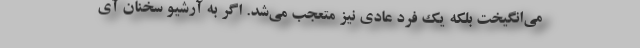
می‌انگیخت بلکه یک فرد عادی نیز متعجب می‌شد. اگر به آرشیو سخنان آی